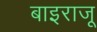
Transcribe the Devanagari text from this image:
बाइराजू